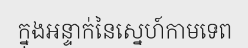
ក្នុងអន្ទាក់នៃស្នេហ៍កាមទេព